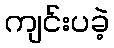
ကျင်းပခဲ့